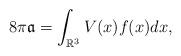
LaTeX: \begin{align*} 8 \pi \frak{a} = \int_{\mathbb{R}^3} V(x) f(x) dx,\end{align*}